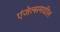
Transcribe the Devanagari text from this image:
एंजेल्समधील